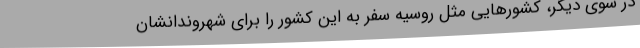
در سوی دیگر، کشورهایی مثل روسیه سفر به این کشور را برای شهروندانشان